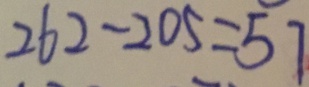
2 6 2 - 2 0 5 = 5 7